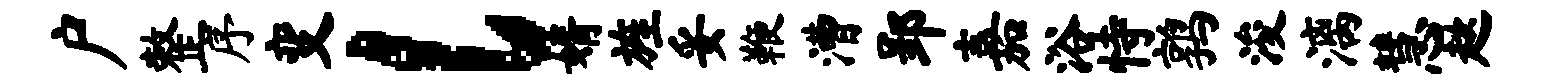
户整序变l婿旌妥鞭漕郢嘉浴恃鹑浚漓慧趑